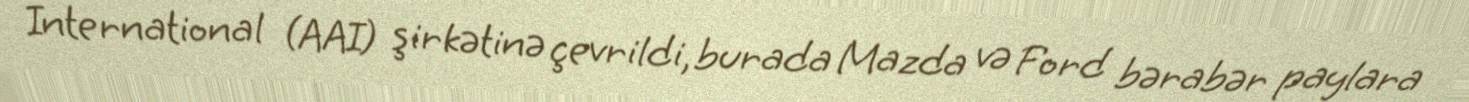
International (AAI) şirkətinə çevrildi, burada Mazda və Ford bərabər paylara